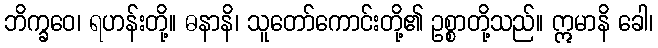
ဘိက္ခဝေ၊ ရဟန်းတို့။ ဓနာနိ၊ သူတော်ကောင်းတို့၏ ဥစ္စာတို့သည်။ ဣမာနိ ခေါ၊